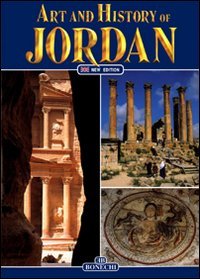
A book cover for Jordan: Art and History of; Francesca Casule; History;